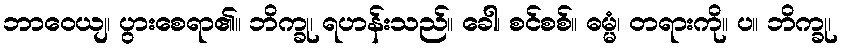
ဘာဝေယျ၊ ပွားစေရာ၏။ ဘိက္ခု၊ ရဟန်းသည်။ ခေါ၊ စင်စစ်။ ဓမ္မံ၊ တရားကို။ ပ။ ဘိက္ခု၊